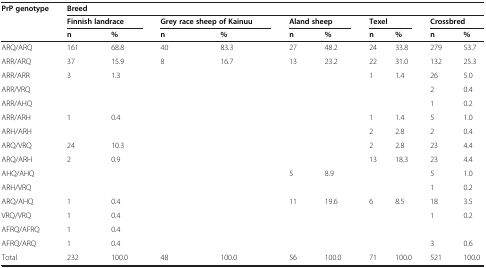
| <ROWSPAN=3> PrP genotype | <COLSPAN=10> Breed |
 | <COLSPAN=2> Finnish landrace | <COLSPAN=2> Grey race sheep of Kainuu | <COLSPAN=2> Aland sheep | <COLSPAN=2> Texel | <COLSPAN=2> Crossbred |
 | n | % | n | % | n | % | n | % | n | % |
 | --- | --- | --- | --- | --- | --- | --- | --- | --- | --- | --- |
 | ARQ/ARQ | 161 | 68.8 | 40 | 83.3 | 27 | 48.2 | 24 | 33.8 | 279 | 53.7 |
 | ARR/ARQ | 37 | 15.9 | 8 | 16.7 | 13 | 23.2 | 22 | 31.0 | 132 | 25.3 |
 | ARR/ARR | 3 | 1.3 |  |  |  |  | 1 | 1.4 | 26 | 5.0 |
 | ARR/VRQ |  |  |  |  |  |  |  |  | 2 | 0.4 |
 | ARR/AHQ |  |  |  |  |  |  |  |  | 1 | 0.2 |
 | ARR/ARH | 1 | 0.4 |  |  |  |  | 1 | 1.4 | 5 | 1.0 |
 | ARH/ARH |  |  |  |  |  |  | 2 | 2.8 | 2 | 0.4 |
 | ARQ/VRQ | 24 | 10.3 |  |  |  |  | 2 | 2.8 | 23 | 4.4 |
 | ARQ/ARH | 2 | 0.9 |  |  |  |  | 13 | 18.3 | 23 | 4.4 |
 | AHQ/AHQ |  |  |  |  | 5 | 8.9 |  |  | 5 | 1.0 |
 | ARH/VRQ |  |  |  |  |  |  |  |  | 1 | 0.2 |
 | ARQ/AHQ | 1 | 0.4 |  |  | 11 | 19.6 | 6 | 8.5 | 18 | 3.5 |
 | VRQ/VRQ | 1 | 0.4 |  |  |  |  |  |  | 1 | 0.2 |
 | AFRQ/AFRQ | 1 | 0.4 |  |  |  |  |  |  |  |  |
 | AFRQ/ARQ | 1 | 0.4 |  |  |  |  |  |  | 3 | 0.6 |
 | Total | 232 | 100.0 | 48 | 100.0 | 56 | 100.0 | 71 | 100.0 | 521 | 100.0 |